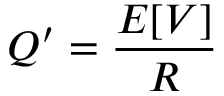
Q ^ { \prime } = { \frac { E [ V ] } { R } }